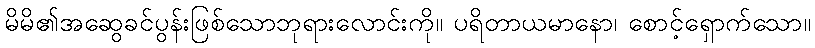
မိမိ၏အဆွေခင်ပွန်းဖြစ်သောဘုရားလောင်းကို။ ပရိတာယမာနော၊ စောင့်ရှောက်သော။